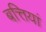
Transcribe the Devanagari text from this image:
बत्तियां